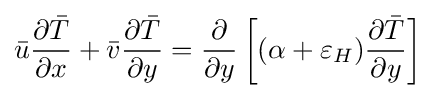
{\bar {u}}{\frac {\partial {\bar {T}}}{\partial x}}+{\bar {v}}{\frac {\partial {\bar {T}}}{\partial y}}={\frac {\partial }{\partial y}}\left[(\alpha +\varepsilon _{H}){\frac {\partial {\bar {T}}}{\partial y}}\right]